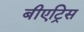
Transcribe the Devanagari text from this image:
बीएट्रिस